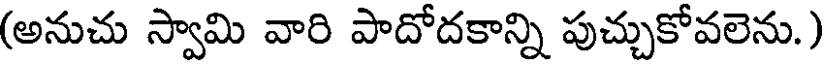
(అనుచు స్వామి వారి పాదోదకాన్ని పుచ్చుకోవలెను.)